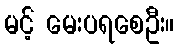
မင့် မေးပရစေဦး။